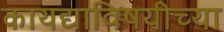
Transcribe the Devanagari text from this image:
कायद्याविषयीच्या